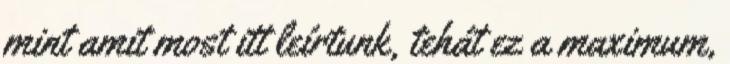
mint amit most itt leírtunk, tehát ez a maximum,